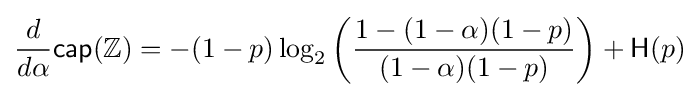
{\frac {d}{d\alpha }}{\mathsf {cap}}(\mathbb {Z} )=-(1-p)\log _{2}\left({\frac {1-(1-\alpha )(1-p)}{(1-\alpha )(1-p)}}\right)+{\mathsf {H}}(p)